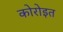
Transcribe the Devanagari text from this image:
कोरोइत